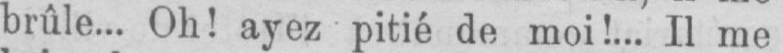
brûle... Oh! ayez pitié de moi!... Il me